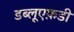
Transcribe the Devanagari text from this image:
डब्लूएफ़डी